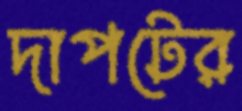
দাপটের